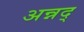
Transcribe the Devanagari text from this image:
अन्नद्